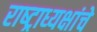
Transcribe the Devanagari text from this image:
राष्‍ट्राध्‍यक्षांचे